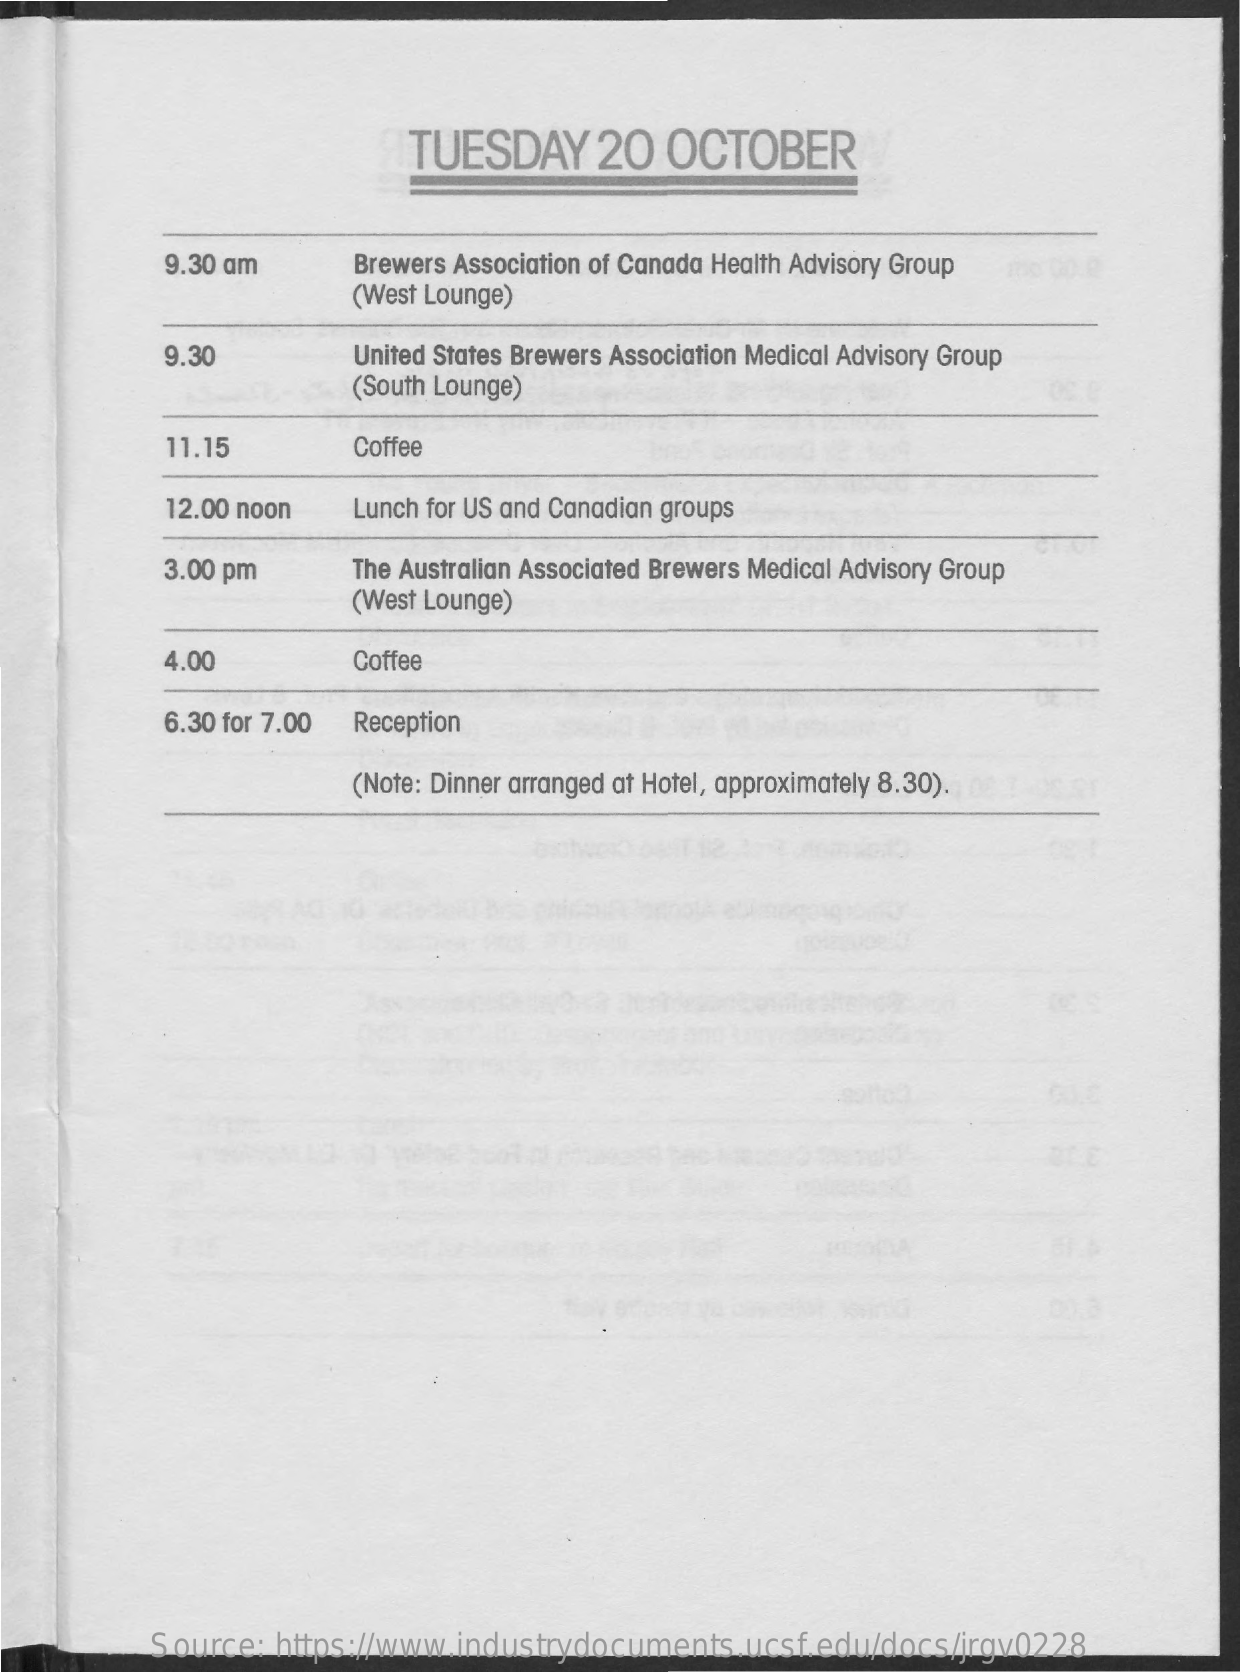
TUESDAY    20  OCTOBER
     9.30 am    Brewers Association of Canada Health Advisory Group
     (West Lounge)
     9.30    United States Brewers Association Medical Advisory Group
     (South Lounge)
     11.15    Coffee
     12.00 noon  Lunch for US and Canadian groups
     3.00 pm    The Australian Associated Brewers Medical Advisory Group
     (West Lounge)
     4.00    Coffee
     6.30 for 7.00 Reception
     (Note: Dinner arranged at Hotel, approximately 8.30).
     Source: https://www.industrydocuments.ucsf.edu/docs/jrgv0228